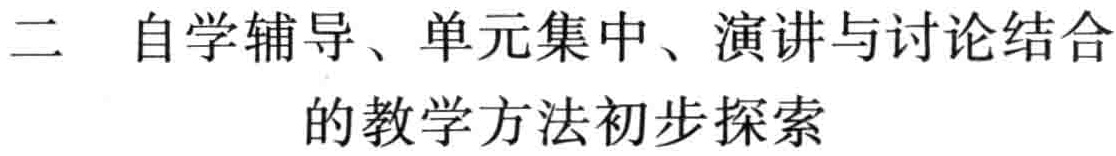
二 自学辅导、单元集中、演讲与讨论结合的教学方法初步探索